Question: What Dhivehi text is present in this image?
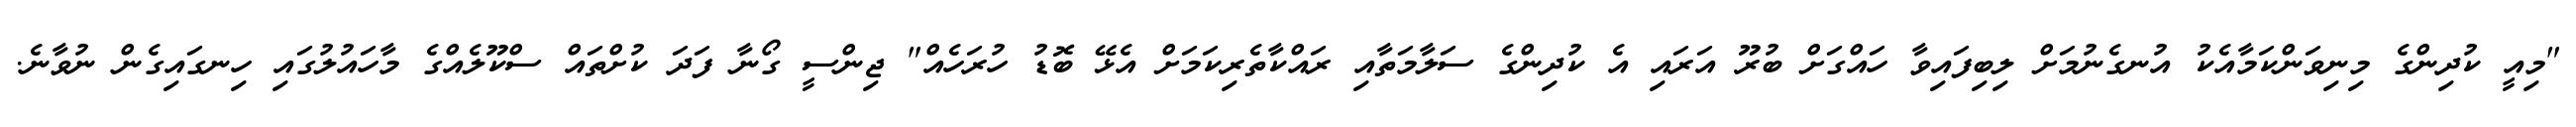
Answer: "މިއީ ކުދިންގެ މިނިވަންކަމާއެކު އުނގެނުމަށް ލިބިފައިވާ ހައްގަށް ބުރޫ އަރައި އެ ކުދިންގެ ސަލާމަތާއި ރައްކާތެރިކަމަށް އެޅޭ ބޮޑު ހުރަހެއް" ޖިންސީ ގޯނާ ފަދަ ކުށްތައް ސްކޫލެއްގެ މާހައުލުގައި ހިނގައިގެން ނުވާނެ.